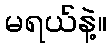
မရယ်နဲ့။